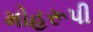
મોહરૂપી